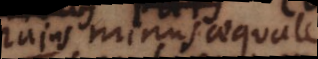
Majus, minus, aequale